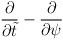
\begin{align*}{\partial \over \partial \tilde{t}} -{\partial \over \partial \psi}\end{align*}